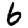
Digit: 6